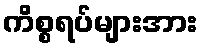
ကိစ္စရပ်များအား